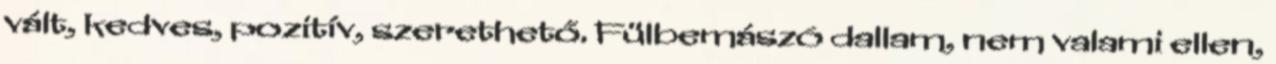
vált, kedves, pozitív, szerethető. Fülbemászó dallam, nem valami ellen,